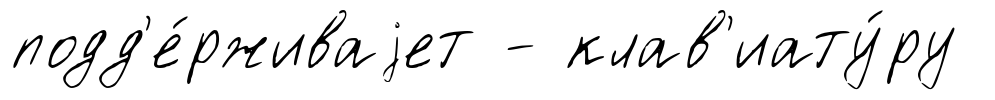
подд'е́рживаjет - клав'иату́ру